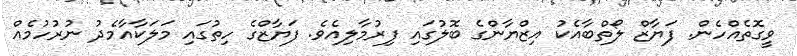
ވީގޮތެއްހެން. ފަޔާޒް ލޯތްބާއެކު އިޒްޔާންގެ ބޮލުގައި ފިރުމާލިއެވެ. ފަޔާޒްގެ ހިތުގައި މަލަކާއާމެދު ނުރުހުމެއް